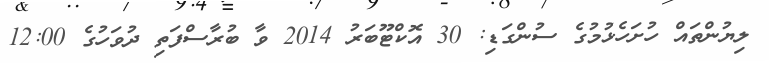
ލިޔުންތައް ހުށަހެޅުމުގެ ސުންގަޑި: 30 އޮކްޓޫބަރު 2014 ވާ ބުރާސްފަތި ދުވަހުގެ 12:00